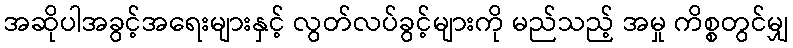
အဆိုပါအခွင့်အရေးများနှင့် လွတ်လပ်ခွင့်များကို မည်သည့် အမှု ကိစ္စတွင်မျှ